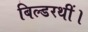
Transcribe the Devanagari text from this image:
बिल्डरथीं।